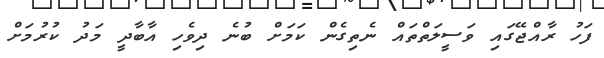
ފަހު ރާއްޖޭގައި ވަސީލަތްތައް ނެތިގެން ކަމަށް ބުނެ ދިވެހި އާބާދީ މަދު ކުރުމަށް